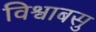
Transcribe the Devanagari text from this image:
विश्वाबसु